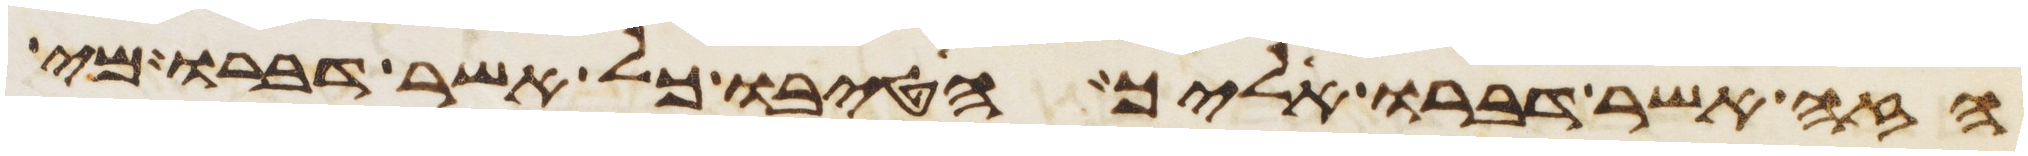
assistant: הזה אשר דברו אליך הטיבו כל אשר דברו מי